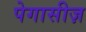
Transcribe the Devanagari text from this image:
पेगासीज़